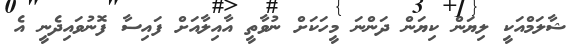
ޝާލަމްއަކީ ލިޔަން ކިޔަން ދަންނަ މީހަކަށް ނުވާތީ އާއިލާއަށް ފައިސާ ފޮނުވައިދެނީ އެ